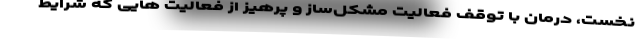
نخست، درمان با توقف فعالیت مشکل‌ساز و پرهیز از فعالیت هایی که شرایط